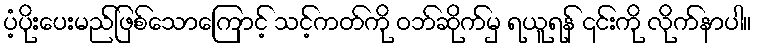
ပံ့ပိုးပေးမည်ဖြစ်သောကြောင့် သင့်ကတ်ကို ဝဘ်ဆိုက်မှ ရယူရန် ၎င်းကို လိုက်နာပါ။